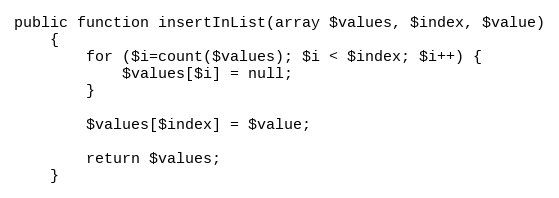
Language: PHP
public function insertInList(array $values, $index, $value)
    {
        for ($i=count($values); $i < $index; $i++) {
            $values[$i] = null;
        }

        $values[$index] = $value;

        return $values;
    }